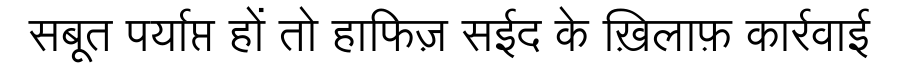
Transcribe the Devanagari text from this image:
सबूत पर्याप्त हों तो हाफिज़ सईद के ख़िलाफ़ कार्रवाई